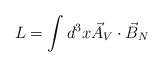
LaTeX: \begin{align*}L=\int d^3x \vec{A}_V\cdot \vec{B}_N\end{align*}